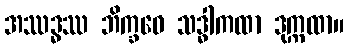
အဿဒ္ဓဿ ဘိက္ခဝေ သဒ္ဓါကထာ ဒုက္ကထာ။